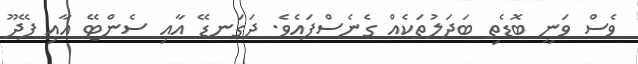
ވެސް ވަނީ ބޮޑެތި ބަދަލުތަކެއް ގެނެސްފައެވެ. ދަގަނޑޭ އާއި ސެންޓޭ އާއި ފޭދޫ